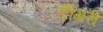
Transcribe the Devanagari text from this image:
डीगरी